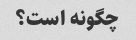
چگونه است؟